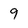
Character: 9